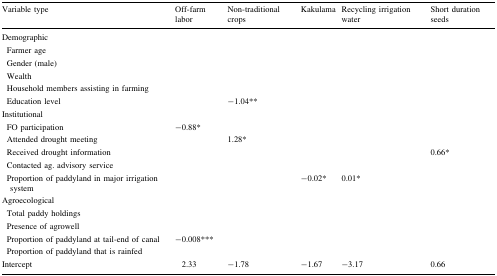
<table><thead><tr><td><b>Variable type</b></td><td><b>Off-farm labor</b></td><td><b>Non-traditional crops</b></td><td><b>Kakulama</b></td><td><b>Recycling irrigation water</b></td><td><b>Short duration seeds</b></td></tr></thead><tbody><tr><td colspan="6">Demographic</td></tr><tr><td> Farmer age</td><td></td><td></td><td></td><td></td><td></td></tr><tr><td> Gender (male)</td><td></td><td></td><td></td><td></td><td></td></tr><tr><td> Wealth</td><td></td><td></td><td></td><td></td><td></td></tr><tr><td> Household members assisting in farming</td><td></td><td></td><td></td><td></td><td></td></tr><tr><td> Education level</td><td></td><td>−1.04**</td><td></td><td></td><td></td></tr><tr><td colspan="6">Institutional</td></tr><tr><td> FO participation</td><td>−0.88*</td><td></td><td></td><td></td><td></td></tr><tr><td> Attended drought meeting</td><td></td><td>1.28*</td><td></td><td></td><td></td></tr><tr><td> Received drought information</td><td></td><td></td><td></td><td></td><td>0.66*</td></tr><tr><td> Contacted ag. advisory service</td><td></td><td></td><td></td><td></td><td></td></tr><tr><td> Proportion of paddyland in major irrigation system</td><td></td><td></td><td>−0.02*</td><td>0.01*</td><td></td></tr><tr><td colspan="6">Agroecological</td></tr><tr><td> Total paddy holdings</td><td></td><td></td><td></td><td></td><td></td></tr><tr><td> Presence of agrowell</td><td></td><td></td><td></td><td></td><td></td></tr><tr><td> Proportion of paddyland at tail-end of canal</td><td>−0.008***</td><td></td><td></td><td></td><td></td></tr><tr><td> Proportion of paddyland that is rainfed</td><td></td><td></td><td></td><td></td><td></td></tr><tr><td>Intercept</td><td>2.33</td><td>−1.78</td><td>−1.67</td><td>−3.17</td><td>0.66</td></tr></tbody></table>